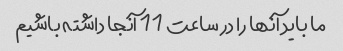
ما باید آنها را در ساعت 11 آنجا داشته باشیم